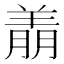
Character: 𬙶